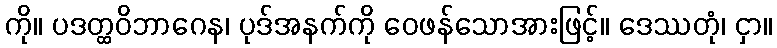
ကို။ ပဒတ္ထဝိဘာဂေန၊ ပုဒ်အနက်ကို ဝေဖန်သောအားဖြင့်။ ဒေဿတုံ၊ ငှာ။